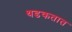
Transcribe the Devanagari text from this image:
थडकतात